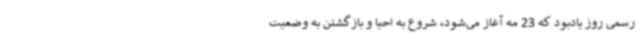
رسمی روز یادبود که 23 مه آغاز می‌شود، شروع به احیا و بازگشتن به وضعیت